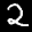
Label: 2